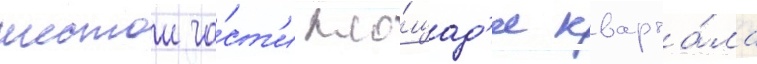
шестои ча́ст'и пло́щад'и кварта́ла